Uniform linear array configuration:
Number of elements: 8
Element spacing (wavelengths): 0.25
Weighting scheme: uniform
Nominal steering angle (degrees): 15
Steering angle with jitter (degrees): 13.269
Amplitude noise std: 0.05
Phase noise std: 0.05

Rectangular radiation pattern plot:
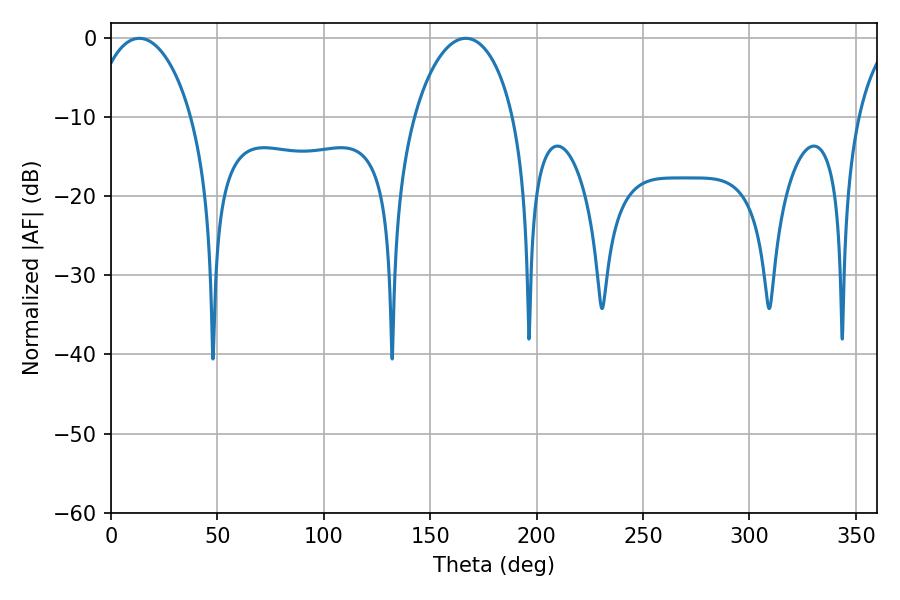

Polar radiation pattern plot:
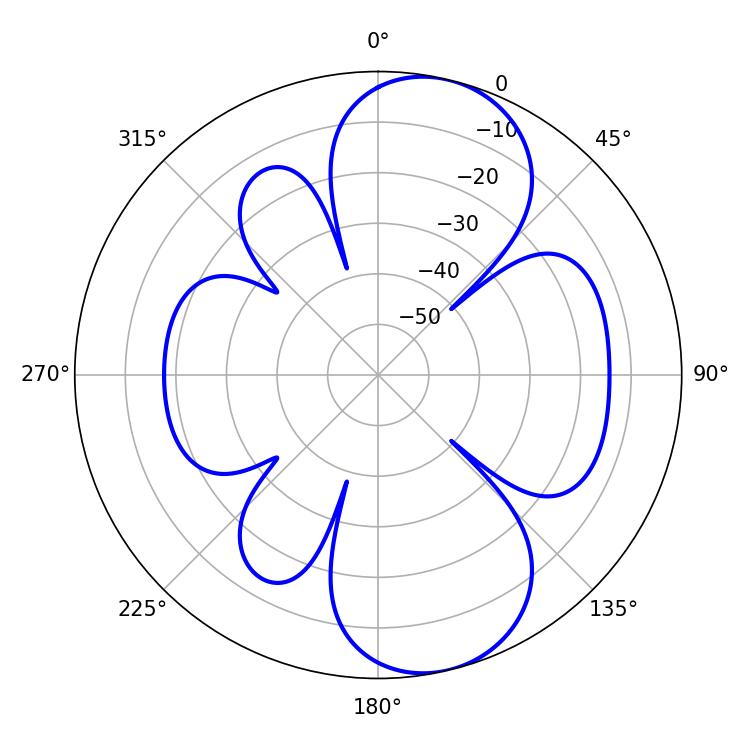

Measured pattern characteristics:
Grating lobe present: FALSE
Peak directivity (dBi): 9.128
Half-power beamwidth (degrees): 26.64
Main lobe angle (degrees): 13.32